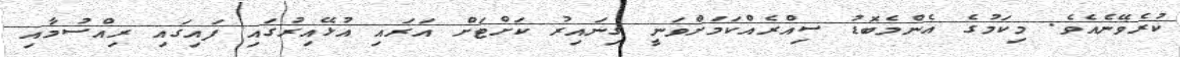
ކުރެވޭނެއެވެ. މިކަމުގެ އެންމެބޮޑު ސިއްރެއްކަމަށްވަނީ ގިނައިރު ކަށްޓަށް އަރައި އުޅޭއިރުގައި ފައިގައި ރިއްސުމާއި